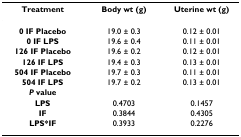
<table><thead><tr><td><b>Treatment</b></td><td><b>Body wt (g)</b></td><td><b>Uterine wt (g)</b></td></tr></thead><tbody><tr><td><b>0 IF Placebo</b></td><td>19.0 ± 0.3</td><td>0.12 ± 0.01</td></tr><tr><td><b>0 IF LPS</b></td><td>19.6 ± 0.4</td><td>0.11 ± 0.01</td></tr><tr><td><b>126 IF Placebo</b></td><td>19.6 ± 0.2</td><td>0.12 ± 0.01</td></tr><tr><td><b>126 IF LPS</b></td><td>19.4 ± 0.3</td><td>0.13 ± 0.01</td></tr><tr><td><b>504 IF Placebo</b></td><td>19.7 ± 0.3</td><td>0.11 ± 0.01</td></tr><tr><td><b>504 IF LPS</b></td><td>19.7 ± 0.2</td><td>0.13 ± 0.01</td></tr><tr><td><b><i>P </i>value</b></td><td></td><td></td></tr><tr><td><b>LPS</b></td><td>0.4703</td><td>0.1457</td></tr><tr><td><b>IF</b></td><td>0.3844</td><td>0.4305</td></tr><tr><td><b>LPS*IF</b></td><td>0.3933</td><td>0.2276</td></tr></tbody></table>